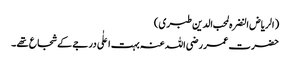
( الریاض النضرہ لمحب الدین طبری )
حضرت عمر رضی اللہ عنہ بہت اعلٰی درجے کے شجاع تھے ۔